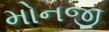
મોનજી